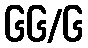
၆၆/၆